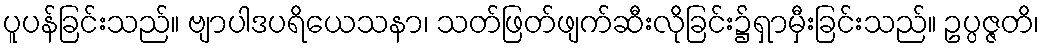
ပူပန်ခြင်းသည်။ ဗျာပါဒပရိယေသနာ၊ သတ်ဖြတ်ဖျက်ဆီးလိုခြင်း၌ရှာမှီးခြင်းသည်။ ဥပ္ပဇ္ဇတိ၊